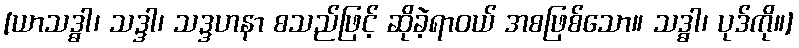
[ယာသဒ္ဓါ၊ သဒ္ဒါ၊ သဒ္ဒဟနာ စသည်ဖြင့် ဆိုခဲ့ရာဝယ် အစဖြစ်သော။ သဒ္ဓါ၊ ပုဒ်ကို။]